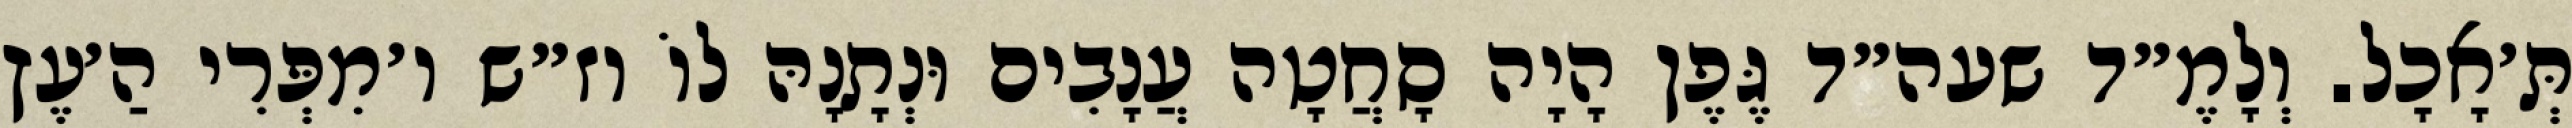
תְּ׳אָכָל. וְלָמֶ״ד שעה״ד גֶּפֶן הָיָה סָחֲטָה עֲנָבִים וּנְתָנָהּ לוֹ וז״ש ו׳מִפְּרִי הַ׳עֶץ